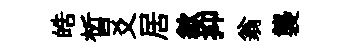
皓晳爻居歙抑翁襲